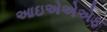
આઇએએએફ